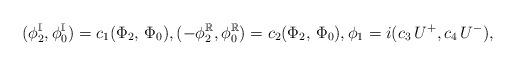
LaTeX: \begin{align*}(\phi_2^{\mathbb I}, \phi_0^{\mathbb I})=c_1(\Phi_2,\, \Phi_0),(-\phi_2^{\mathbb R}, \phi_0^{\mathbb R})=c_2(\Phi_2,\, \Phi_0),\phi_1= i (c_3\, U^+, c_4\,U^-),\end{align*}